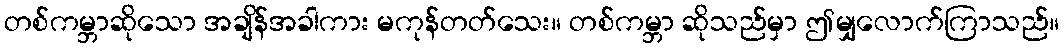
တစ်ကမ္ဘာဆိုသော အချိန်အခါကား မကုန်တတ်သေး။ တစ်ကမ္ဘာ ဆိုသည်မှာ ဤမျှလောက်ကြာသည်။